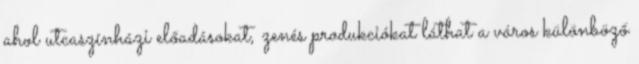
ahol utcaszínházi előadásokat, zenés produkciókat láthat a város különböző